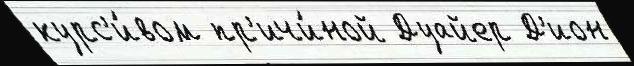
курс'и́вом пр'ичи́ной Дуайер Д'ион